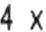
4 X